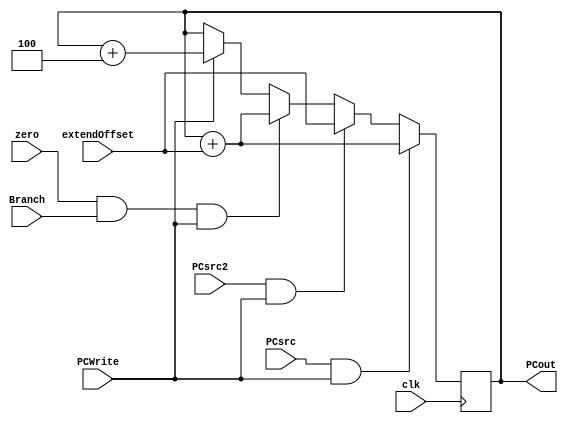
`timescale 1ns / 1ps
module pcAdd(
        input clk,               //
        input PCWrite,
        input zero,   //alu
        input Branch,   //
        input PCsrc,  //jal
        input PCsrc2 , //jalr
        input [31:0] extendOffset,  //offset
//        input reg[31:0] curPC,  //
        output [31:0] PCout  //
    );
    
    reg[31:0] nextPC;
    
    initial begin
        nextPC <= 32'h80000000; // riscv-tests h80000000
    end
    
    
    
    always@(posedge clk)
    begin
        $display("PCsrc: %dPCsrc2%d, zero && Branch:%d",PCsrc,PCsrc2,zero && Branch);
        $display("nextPC: %d, extendOffset:%d,PCsrc:%d",nextPC,extendOffset,PCsrc);
        if(PCsrc && PCWrite) // jal
            begin 
                nextPC = nextPC + extendOffset;
            end
        else if(PCsrc2 && PCWrite) // jalr
            begin 
                nextPC = extendOffset;
            end
        else if(zero && Branch && PCWrite) // B
            begin 
                nextPC = nextPC + extendOffset;
            end
        else if(PCWrite)
            begin
                nextPC = nextPC + 4;
            end
    end
    
    assign PCout = nextPC;
endmodule